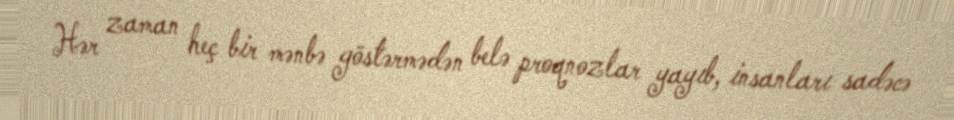
Hər zaman heç bir mənbə göstərmədən belə proqnozlar yayıb, insanları sadəcə